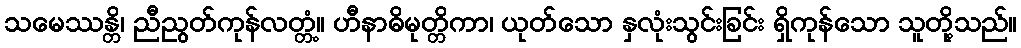
သမေဿန္တိ၊ ညီညွတ်ကုန်လတ္တံ့။ ဟီနာဓိမုတ္တိကာ၊ ယုတ်သော နှလုံးသွင်းခြင်း ရှိကုန်သော သူတို့သည်။